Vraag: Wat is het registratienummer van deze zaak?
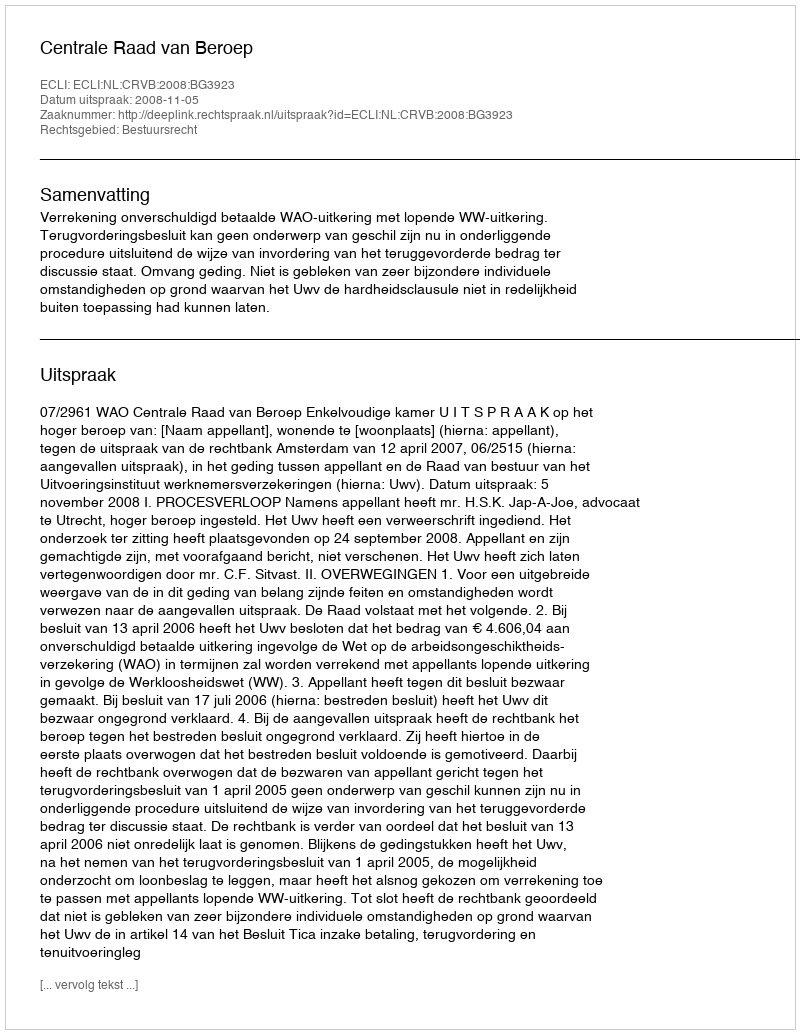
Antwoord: http://deeplink.rechtspraak.nl/uitspraak?id=ECLI:NL:CRVB:2008:BG3923